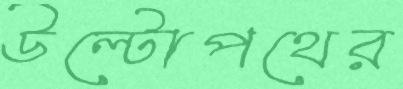
উল্টোপথের